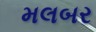
મલબર